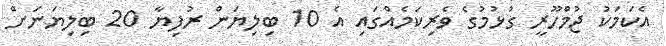
އެކަމަކު ޖުމްހޫރީ ގުޅުމުގެ ވެރިކަމެއްގައި އެ 10 ބިލިޔަން ރުފިޔާ 20 ބިލިޔަނަށް